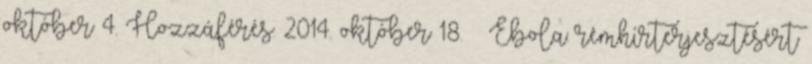
október 4. Hozzáférés: 2014. október 18. ↑ Ebola: rémhírterjesztésért